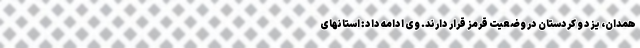
همدان، یزد و کردستان در وضعیت قرمز قرار دارند. وی ادامه داد: استانهای